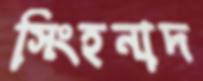
সিংহনাদ